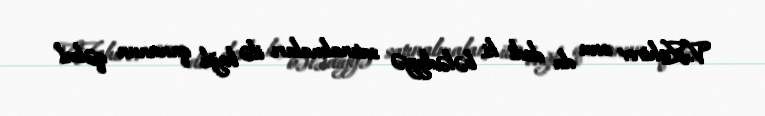
V.Zahirov onu da dedi ki, bələdiyyə satınalmaları ilə bağlı qanunun qəbul